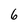
Character: 6